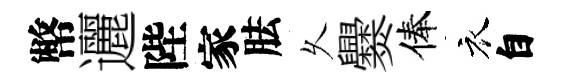
幣邐陛家胠乆爨俸衣自